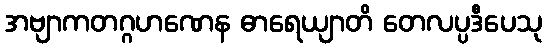
အဗျာကတဂ္ဂဟဏေန ဓာရေယျာတိ တေလပ္ပဒီပေသု